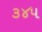
૩૪૫